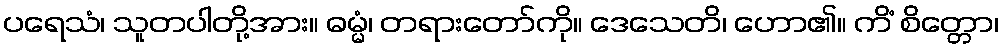
ပရေသံ၊ သူတပါတို့အား။ ဓမ္မံ၊ တရားတော်ကို။ ဒေသေတိ၊ ဟော၏။ ကိံ စိတ္တော၊